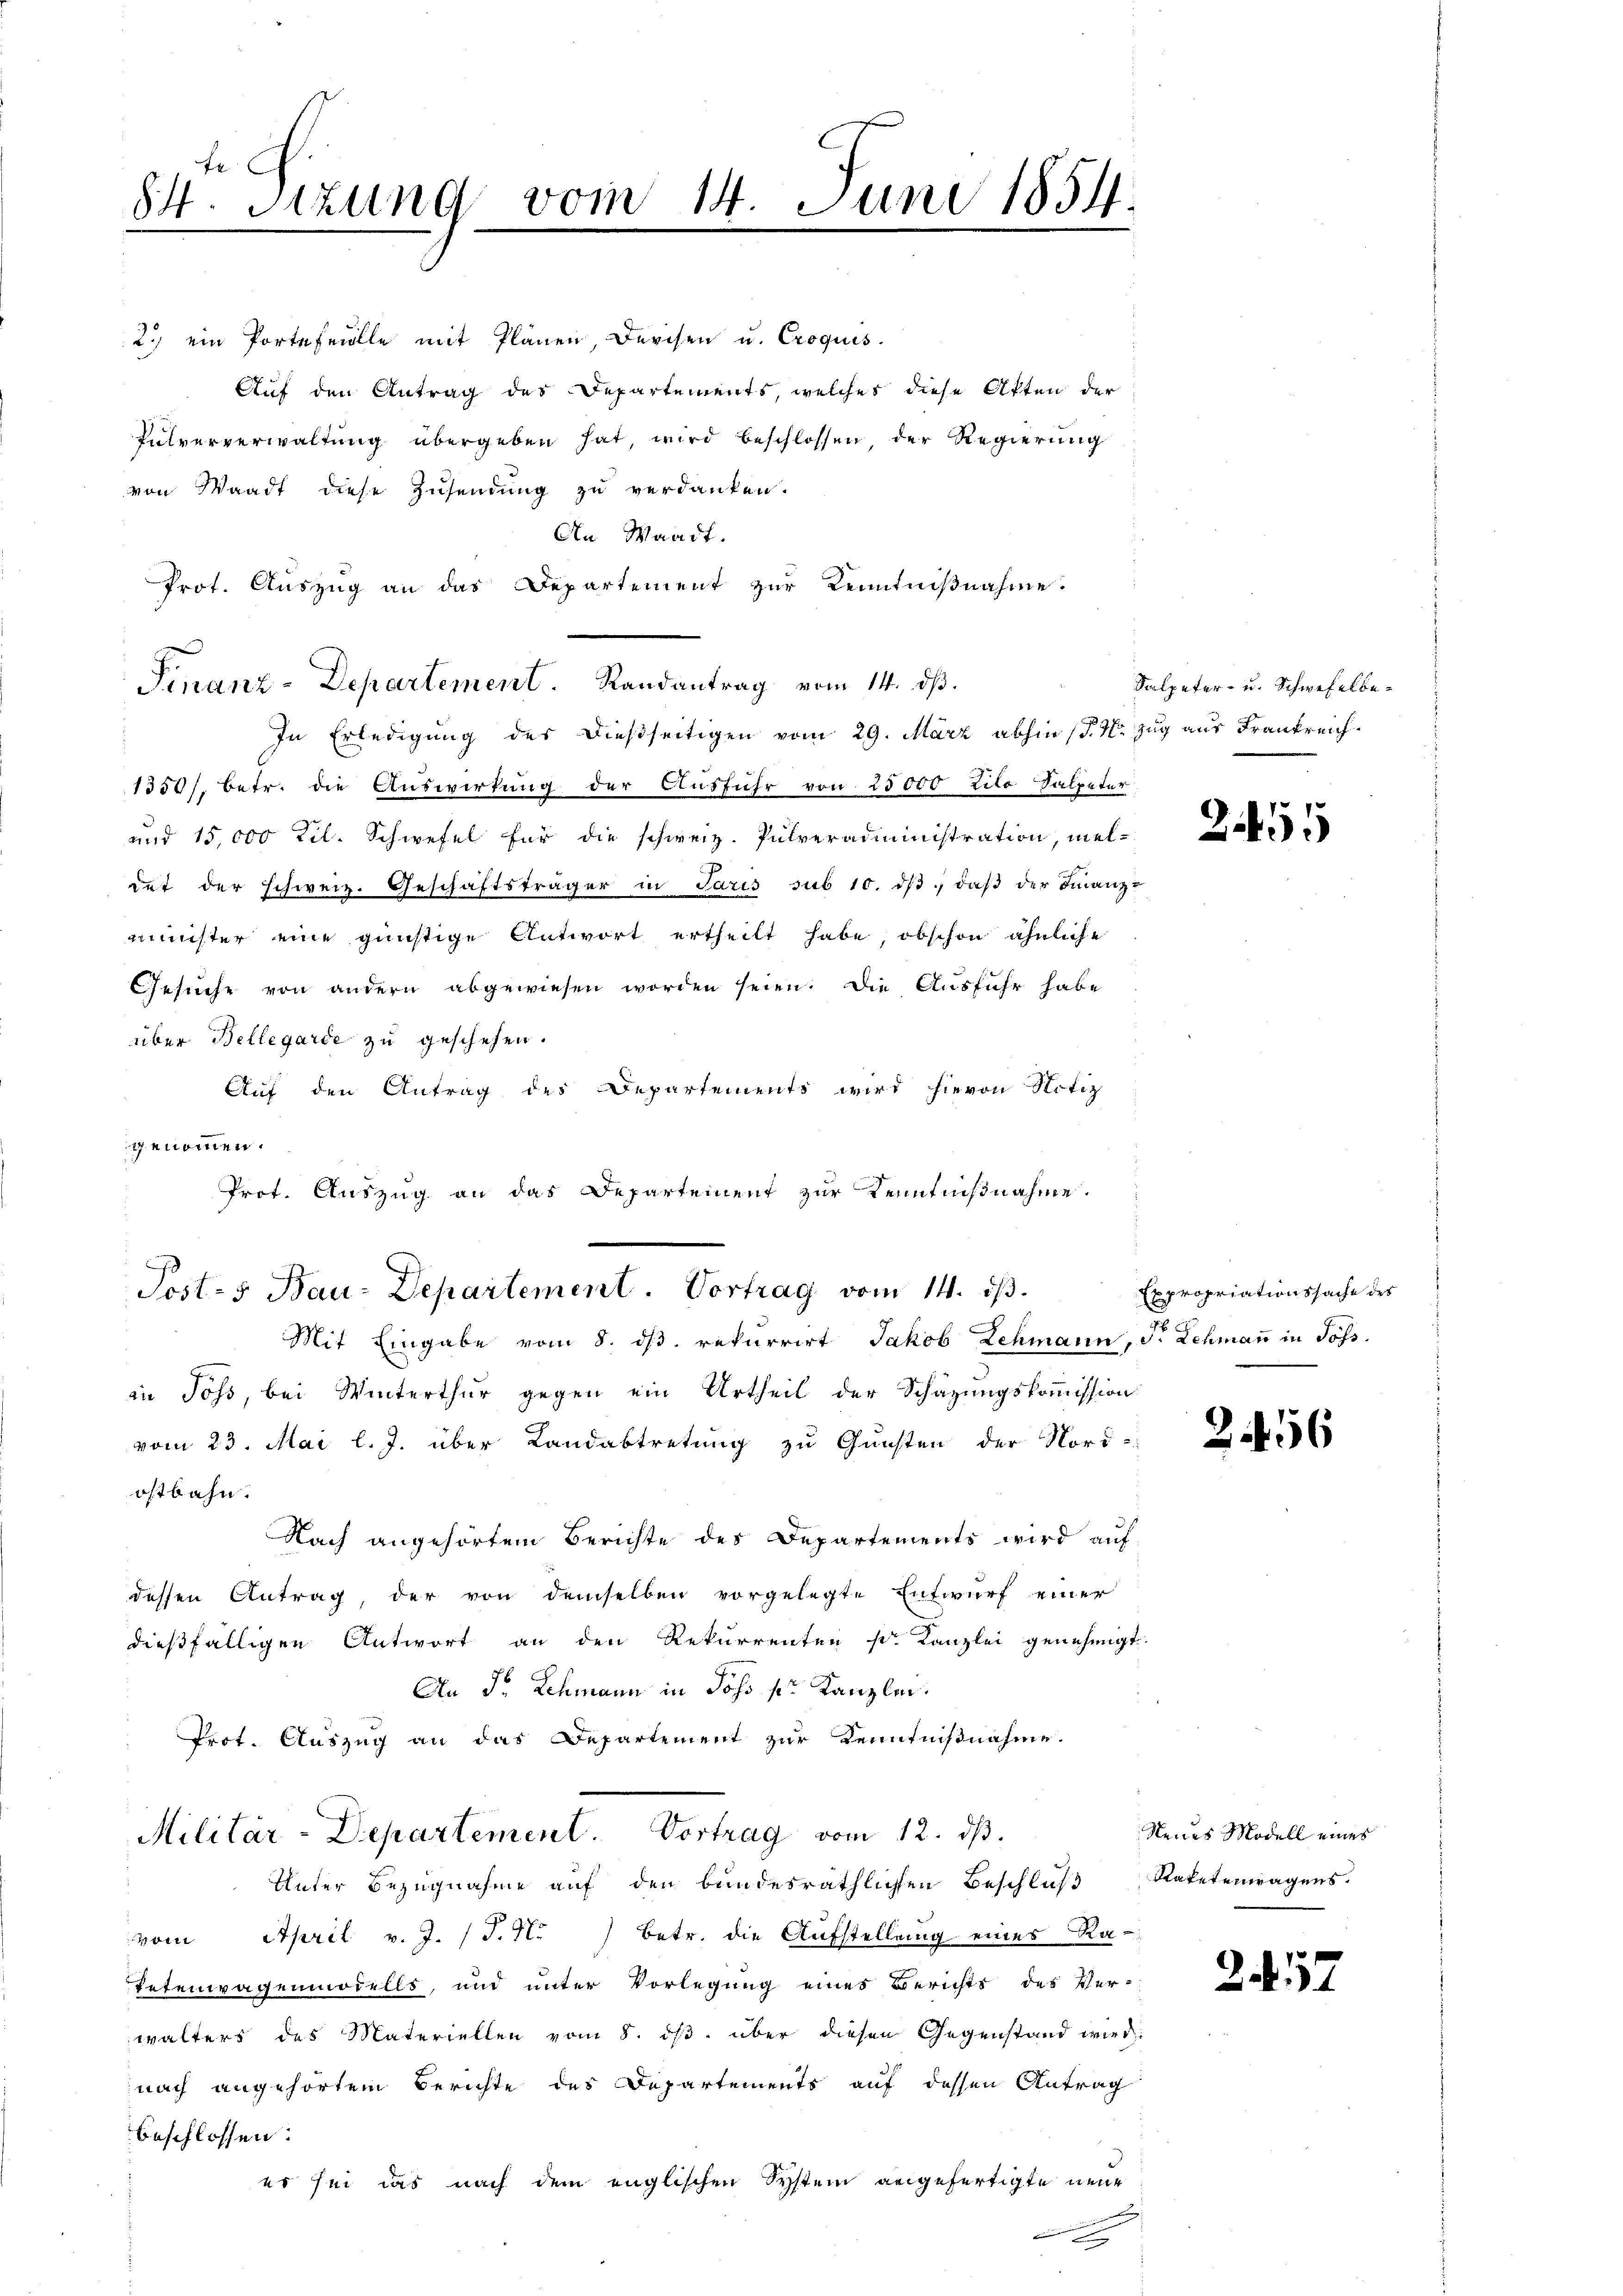
te
84. Sitzung vom 14. Juni 1854.

Finanz-Departement. Randantrag vom 14. dß.

2.) ein Portefeille mit Plänen Devisen u. Croquis
Auf den Antrag des Departements, welches diese Akten der
Fulververwaltung übergeben hat, wird beschlossen der Regierung
von Waadt diese Zusendung zu verdanken.
An Waadt.
Prot. Auszug an das Departement zur Kenntnißnahme.
In Erledigung des dießseitigen vom 29. März abhin (§. 1. Zug aus Frankreich¬
1350/, betr. die Auswirkung der Ausführ von 25000 tito Salpeter
und 15,000 Kil. Schwefel für die schweiz. Pulveradministration, meldet der schweiz. Geschäftsträger in Paris sub 10. dβ, daβ der Finanz-
mister eine günstige Antwort ertheilt habe, obschon ähnliche
Gesuche von andern abgewiesen worden seien. Die Ausfuhr habe
über Bellegarde zu geschehen.
Auf den Antrag des Departements wird hievon Notiz
genommen.
Prot. Auszug an das Departement zur Kenntnißnahme.

Posts Bau-Departement. Vortrag vom 14. ds.

Mit Eingabe vom 8. dβ. rekurrirt Jakob Lehmann, S. Lehmaṅ in Poss.
in Joss, bei Winterthur gegen ein Urtheil der Schazungskommission
vom 23. Mai l. J. über Landabtretung zu Gunsten der Nord-
ostbahn.
Nach angehörtem Berichte des Departements wird auf
dessen Antrag, der von demselben vorgelegte Entwurf einer
dießfälligen Antwort an den Rekurrenten pr. Kanzlei genehmigt.
An Fr. Schmann in Poss pr Kanzlei.
Prot. Auszug an das Departement zur Kenntnißnahme.
Militär-Departement. Vortrag vom 12. ds.
Unter Bezugnahme auf den bundesräthlichen Beschluß Ratetentragens.
vom April v. J. (T.1.) Betr. die Aufstellung eines Ra¬
Petenwagenmodells, und unter Vorlegung eines Berichts des Ver-
walters des Materiellen vom 8. ds. über diesen Gegenstand wird:
nach angehörtem Berichte des Departements auf dessen Antrag
beschlossen:
es sei das nach dem englischen System angefertigte neue

Salpeter- u. Schwefelbe¬

2455

Expropriationssache des

3456

Neides Modell eines

247